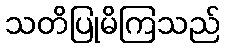
သတိပြုမိကြသည်